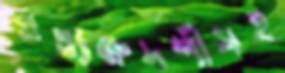
প্রত্যক্ষদর্শীসহ